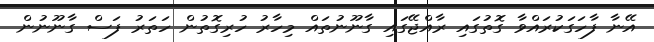
އޭނާ ފާހަގަކުރައްވާ ގޮތުގައި ރާއްޖޭގައި ގާނޫނުތައް މިހާރު ހުރިގޮތުން ހަތަރު ފަސް ގާނޫނުން